Indian journal of veterinary science and animal husbandry - Volume 10,
Year: 1940
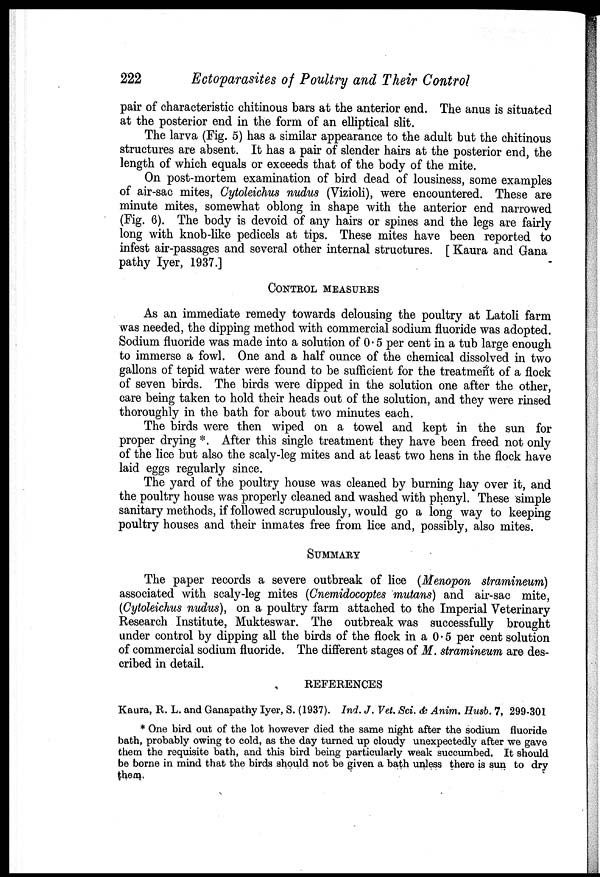
222
Ectoparasites of Poultry and Their Control
pair of characteristic chitinous bars at the anterior end. The anus is situated
at the posterior end in the form of an elliptical slit.
The larva (Fig. 5) has a similar appearance to the adult but the chitinous
structures are absent. It has a pair of slender hairs at the posterior end, the
length of which equals or exceeds that of the body of the mite.
On post-mortem examination of bird dead of lousiness, some examples
of air-sac mites, Cytoleichus nudus (Vizioli), were encountered. These are
minute mites, somewhat oblong in shape with the anterior end narrowed
(Fig. 6). The body is devoid of any hairs or spines and the legs are fairly
long with knob-like pedicels at tips. These mites have been reported to
infest air-passages and several other internal structures. [Kaura and Gana
pathy Iyer, 1937.]
CONTROL MEASURES
As an immediate remedy towards delousing the poultry at Latoli farm
was needed, the dipping method with commercial sodium fluoride was adopted.
Sodium fluoride was made into a solution of 0.5 per cent in a tub large enough
to immerse a fowl. One and a half ounce of the chemical dissolved in two
gallons of tepid water were found to be sufficient for the treatment of a flock
of seven birds. The birds were dipped in the solution one after the other,
care being taken to hold their heads out of the solution, and they were rinsed
thoroughly in the bath for about two minutes each.
The birds were then wiped on a towel and kept in the sun for
proper drying *. After this single treatment they have been freed not only
of the lice but also the scaly-leg mites and at least two hens in the flock have
laid eggs regularly since.
The yard of the poultry house was cleaned by burning hay over it, and
the poultry house was properly cleaned and washed with phenyl. These simple
sanitary methods, if followed scrupulously, would go a long way to keeping
poultry houses and their inmates free from lice and, possibly, also mites.
SUMMARY
The paper records a severe outbreak of lice (Menopon stramineum)
associated with scaly-leg mites (Cnemidocoptes mutans) and air-sac mite,
(Cytoleichus nudus), on a poultry farm attached to the Imperial Veterinary
Research Institute, Mukteswar. The outbreak was successfully brought
under control by dipping all the birds of the flock in a 0.5 per cent solution
of commercial sodium fluoride. The different stages of M. stramineum are des-
cribed in detail.
REFERENCES
Kaura, R. L. and Ganapathy Iyer, S. (1937). Ind. J. Vet. Sci. & Anim. Husb. 7, 299-301
* One bird out of the lot however died the same night after the sodium fluoride
bath, probably owing to cold, as the day turned up cloudy unexpectedly after we gave
them the requisite bath, and this bird being particularly weak succumbed. It should
be borne in mind that the birds should not be given a bath unless there is sun to dry
them.